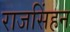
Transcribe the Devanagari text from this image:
राजसिंहन